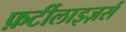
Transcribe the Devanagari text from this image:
फ़र्टीलाइज़र्स